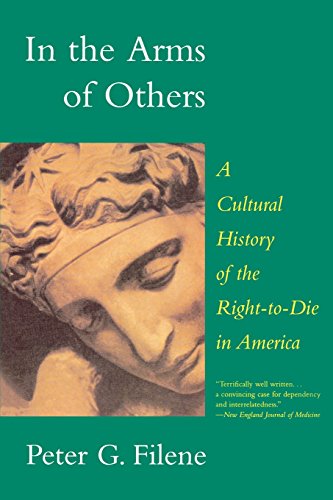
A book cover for In the Arms of Others: A Cultural History of the Right-To-Die in America; Peter G. Filene; Medical Books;